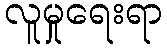
လူမှုရေးရာ